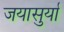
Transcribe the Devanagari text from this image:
जयासुर्या